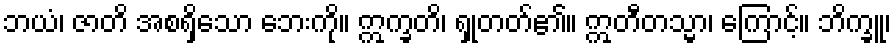
ဘယံ၊ ဇာတိ အစရှိသော ဘေးကို။ ဣက္ခတိ၊ ရှုတတ်၏။ ဣတီတသ္မာ၊ ကြောင့်။ ဘိက္ခူ၊